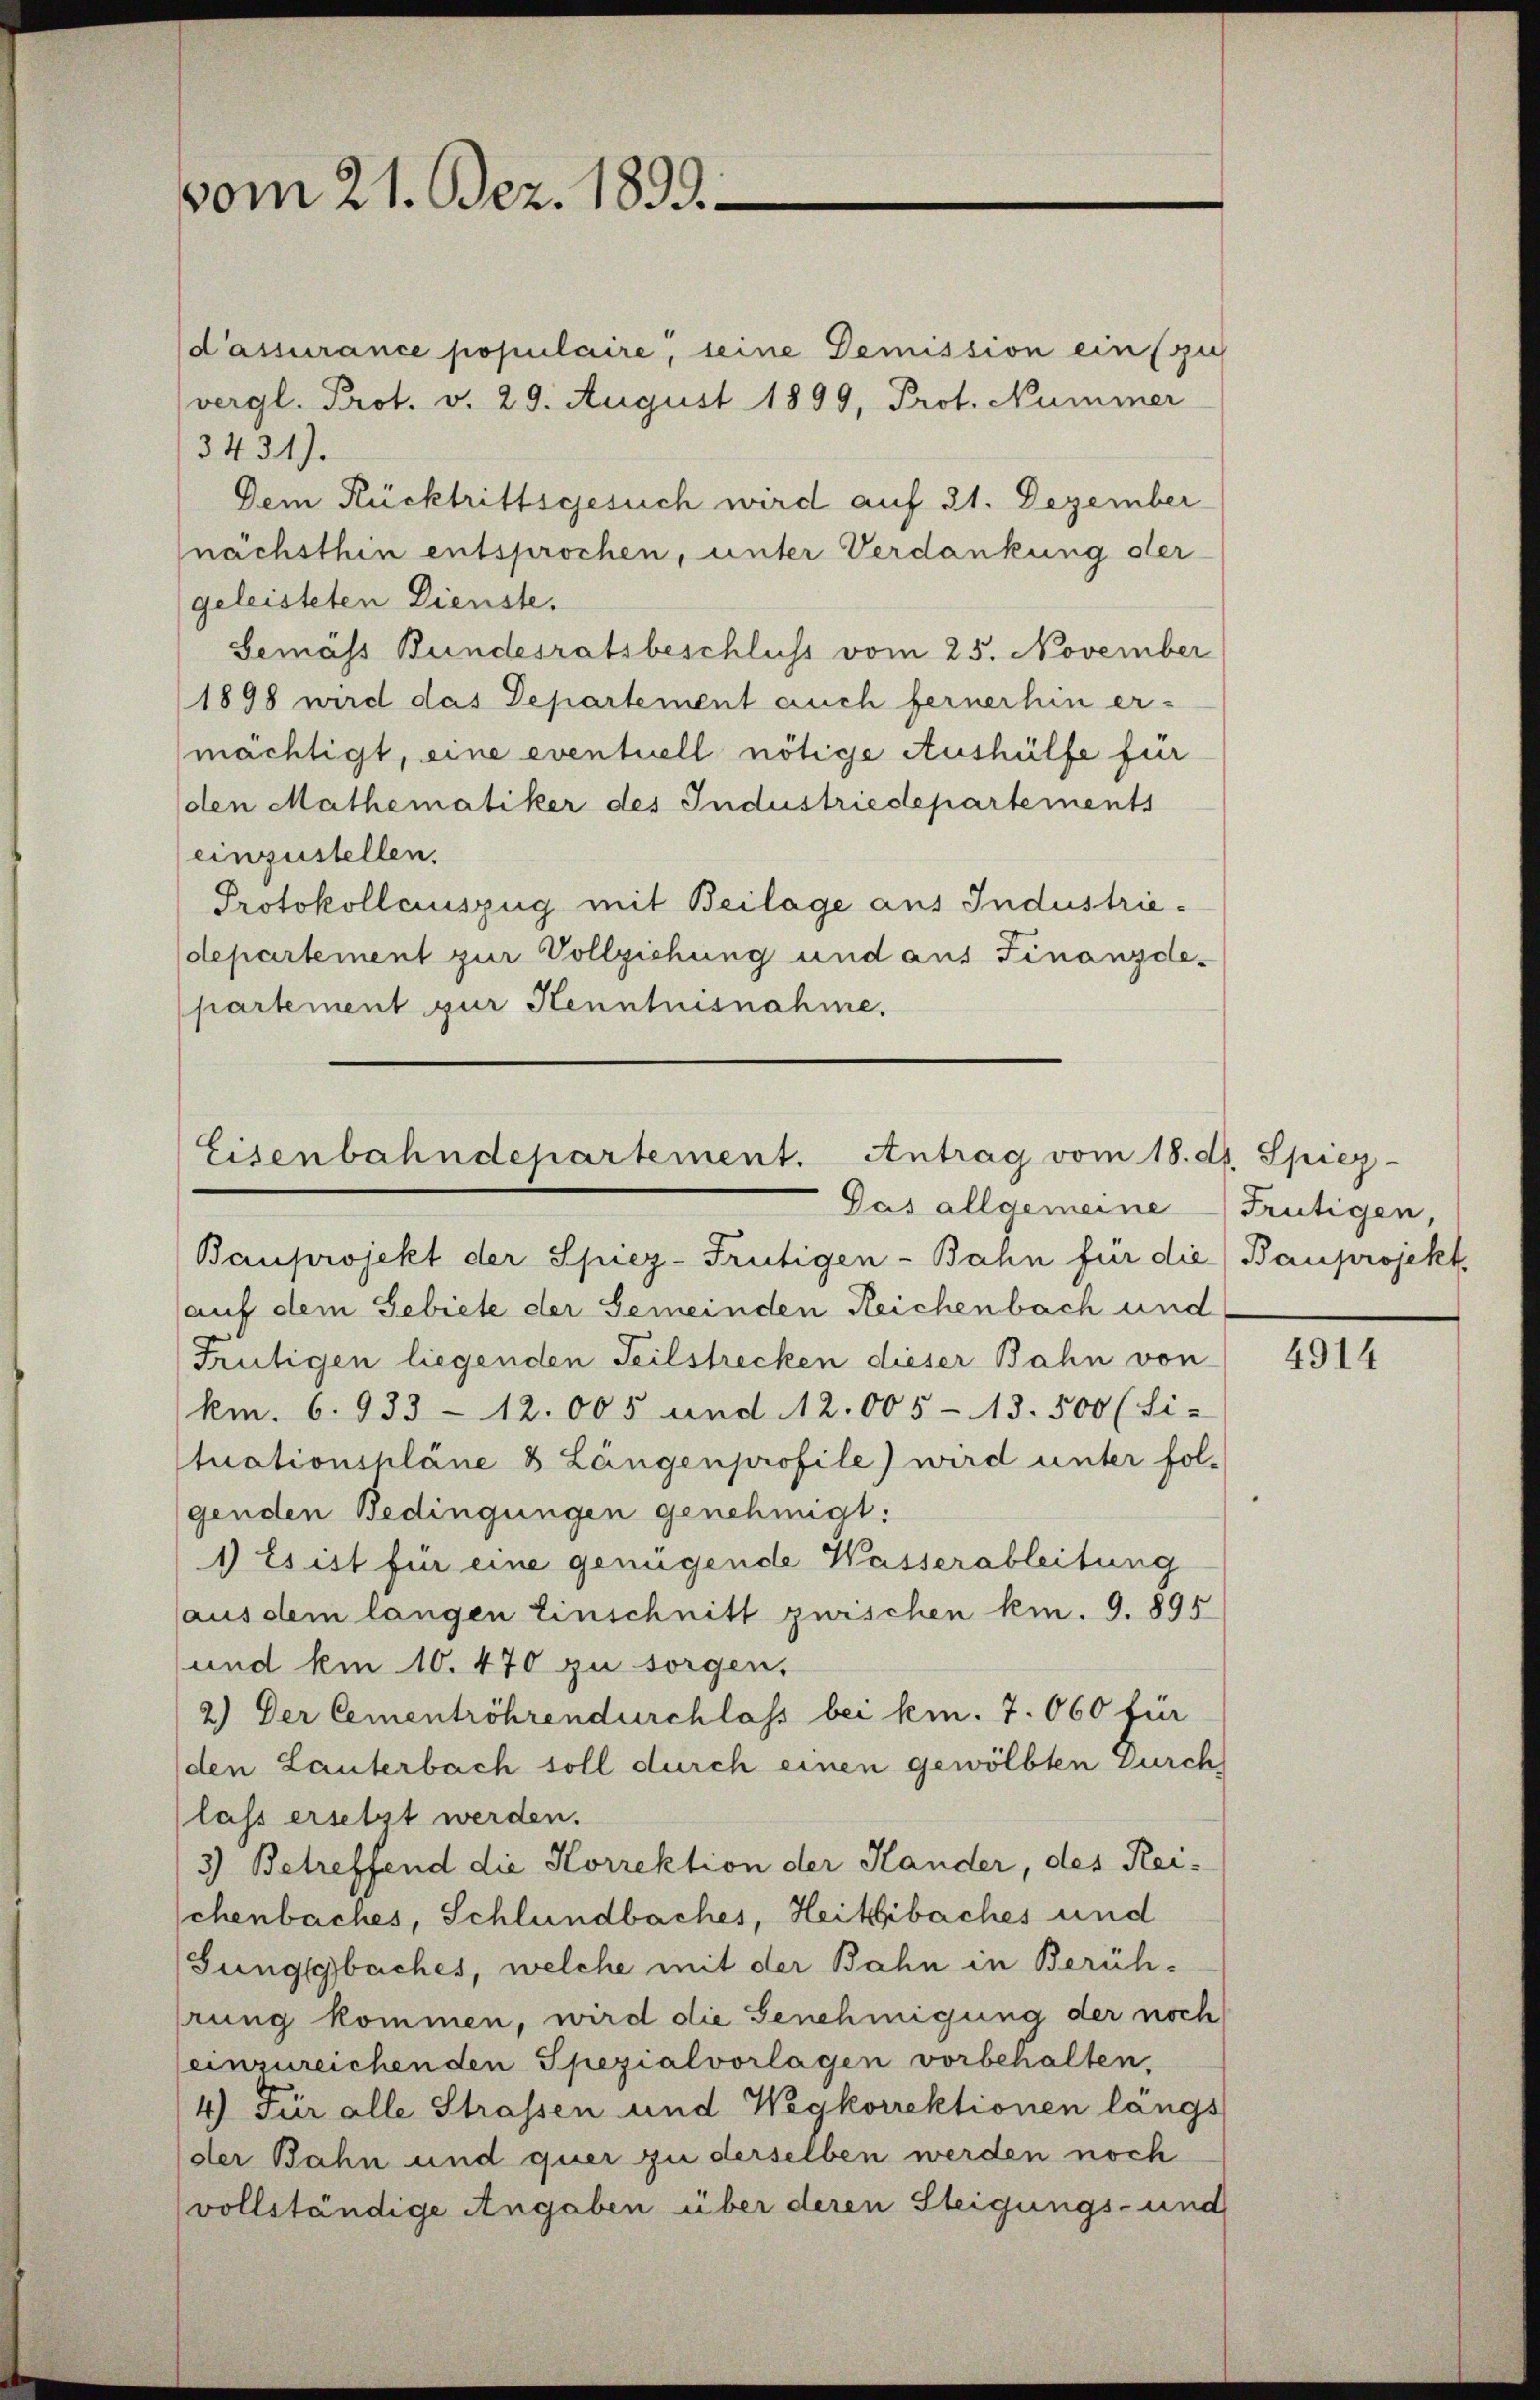
vom 21. Bez. 1899.

d’assurance populaire, seine Demission ein zu
vergl. Prot. v. 29. August 1899, Prot. Nummer
3431).
Dem Rücktrittsgesuch wird auf 31. Dezember
nächsthin entsprochen, unter Verdankung der
geleisteten Dienste.
Gemäss Bundesratsbeschluss vom 25. November
1898 wird das Departement auch fernerhin er-
mächtigt, eine eventuell nötige Aushülfe für
den Mathematiker des Industriedepartements
einzustellen.
Protokollauszug mit Beilage aus Industriedepartement zur Vollziehung und aus Finanzde-
partement zur Kenntnisnahme.

Eisenbahndepartement. Antrag vom 18. ds. Spiez
Pas allgemeine Frutigen,

Bauprojekt der Spiez-Frütigen-Bahn für die Bauprojekt,
auf dem Gebiete der Gemeinden Reichenbach und
Frütigen liegenden Teilstrecken dieser Bahn von
km. 6. 933 - 12. 005 und 12. 005-13. 500 (Sie
tuationspläne 8 Längenprofile) wird unter fol-
genden Bedingungen genehmigt:
1) Es ist für eine genügende Wasserableitung
aus dem langen Einschnitt zwischen kin. 9. 895
und km 10. 470 zu sorgen.
2.) Der Cementröhrendurchlass bei kem. 7. 660 für
(den Lauterbach soll durch einen gewölbten Durch
lass ersetzt werden.
3) Betreffend die Korrektion der Hander, des Reischenbaches, Schlündbaches, Heiklibaches und
(Jungsbaches, welche mit der Bahn in Berührung kommen, wird die Genehmigung der noch
einzureichenden Spezialvorlagen vorbehalten,
4) Für alle Strassen und Wegkorrektionen langs
der Bahn und quer zu derselben werden noch
vollständige Angaben über deren Steigungs- und

4914